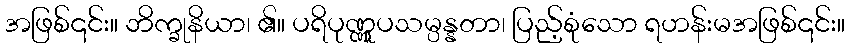
အဖြစ်၎င်း။ ဘိက္ခုနိယာ၊ ၏။ ပရိပုဏ္ဏူပသမ္ပန္နတာ၊ ပြည့်စုံသော ရဟန်းမအဖြစ်၎င်း။